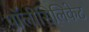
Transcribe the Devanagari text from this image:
पॉलीसिलिकेट